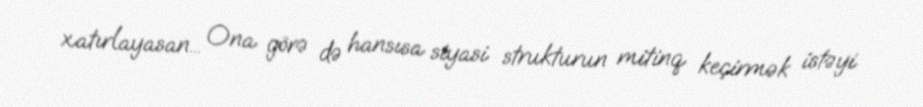
xatırlayasan... Ona görə də hansısa siyasi strukturun mitinq keçirmək istəyi